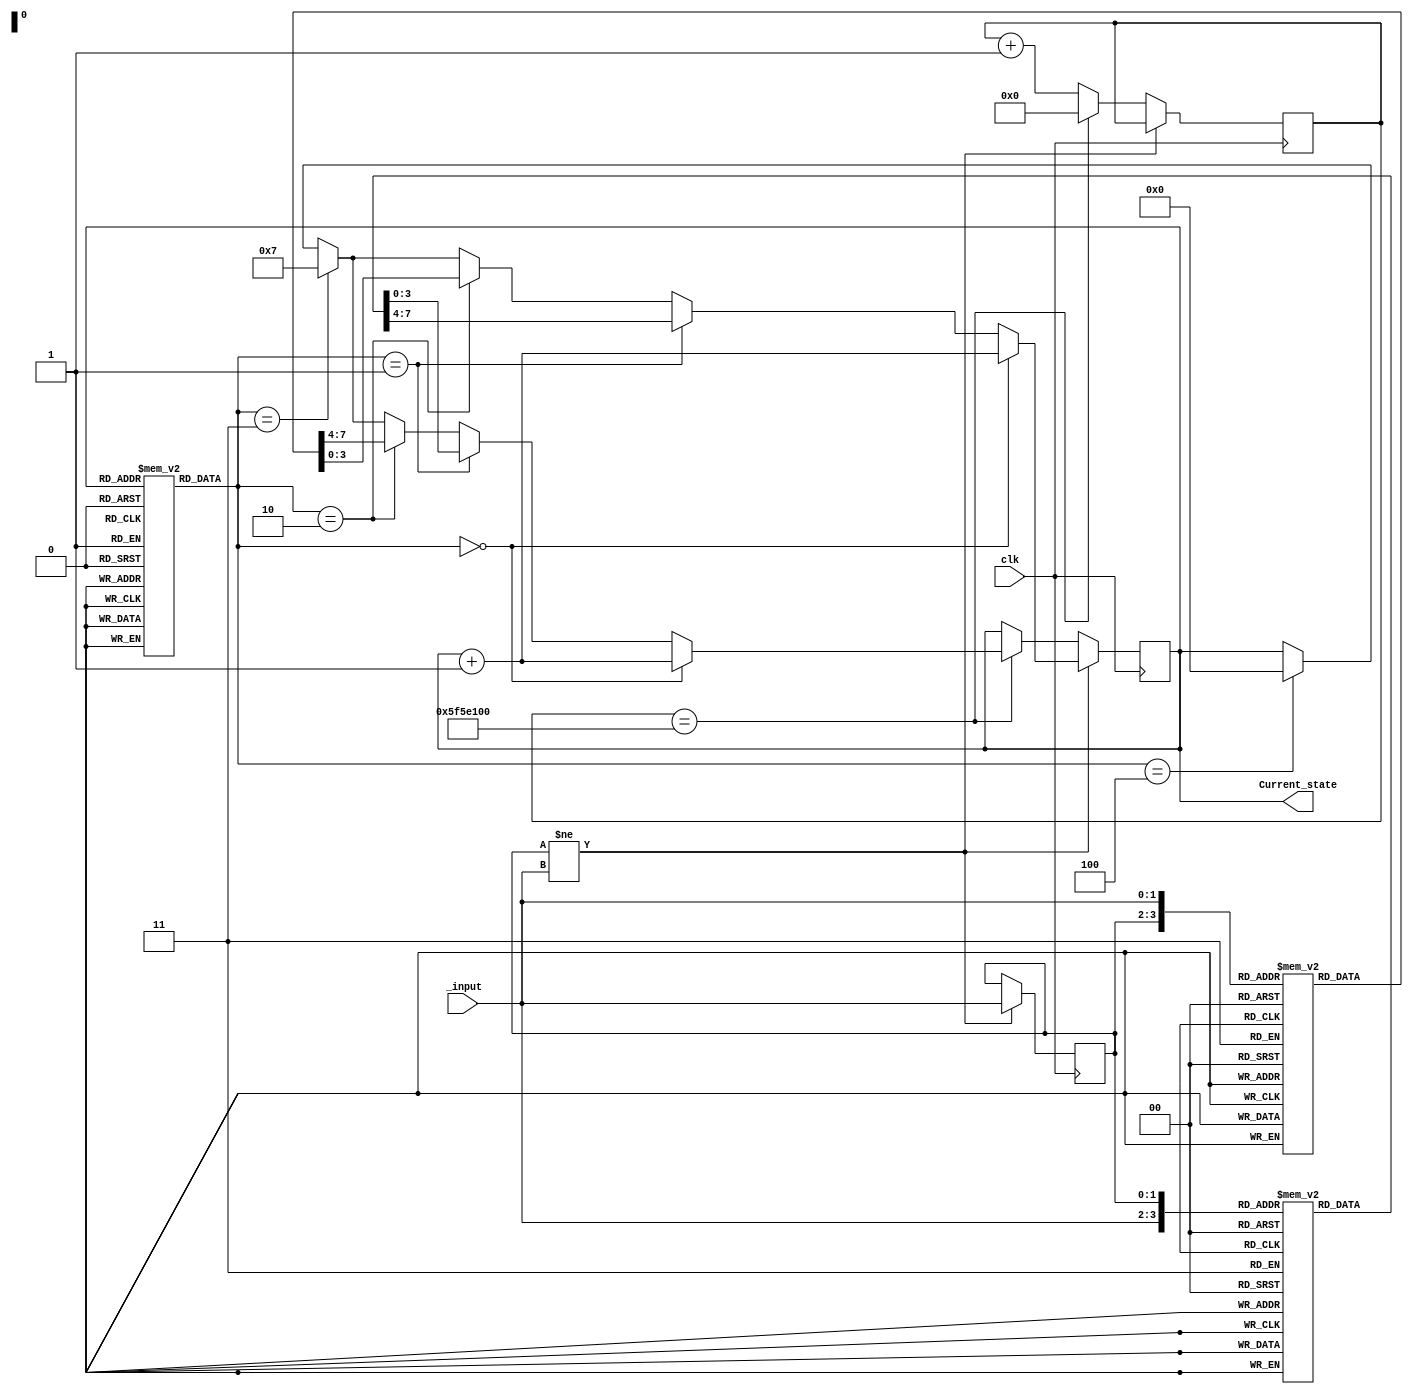
`timescale 1ns / 1ps
//////////////////////////////////////////////////////////////////////////////////
// Company: 
// Engineer: 
// 
// Design Name: 
// Module Name:    Finite_state_machine 
// Project Name: 
// Target Devices: 
// Tool versions: 
// Description: 
//
// Dependencies: 
//
// Revision: 
// Revision 0.01 - File Created
// Additional Comments: 
//
//////////////////////////////////////////////////////////////////////////////////
module Finite_state_machine(
    _input , clk, Current_state
    );
 input clk;
 input[1:0] _input;

 output reg [3:0] Current_state=4'b0;
 reg[2:0] microcode[0:12];
 reg[3:0] dispatch_rom1[0:3];
 reg[3:0] dispatch_rom2[0:3];
 reg[30:0] count = 30'b0;
 reg[1:0] prev_input;
 
 wire [2:0] control_signal;

 initial begin
 microcode[0] = 3'b0;
 microcode[1] = 3'b0;
 microcode[2] = 3'b0;
 microcode[3] = 3'b001;
 microcode[4] = 3'b011;
 microcode[5] = 3'b011;
 microcode[6] = 3'b0;
 microcode[7] = 3'b0;
 microcode[8] = 3'b0;
 microcode[9] = 3'b0;
 microcode[10] = 3'b010;
 microcode[11] = 3'b100;
 microcode[12] = 3'b100;
 dispatch_rom1[0] = 4'b0100;
 dispatch_rom1[1] = 4'b0101;
 dispatch_rom1[2] = 4'b0110;
 dispatch_rom1[3] = 4'b0110;
 dispatch_rom2[0] = 4'b1011;
 dispatch_rom2[1] = 4'b1100;
 dispatch_rom2[2] = 4'b1100;
 dispatch_rom2[3] = 4'b1100;
 prev_input = 4'b0000;
 end
 
 assign control_signal= microcode[Current_state];
 
 always@(posedge clk) begin
 
 if(prev_input != _input) begin
 
 if(control_signal==0) begin
 Current_state <=   Current_state+1;
 end

 else if(control_signal==1) begin
 Current_state <=dispatch_rom1[_input];
 end
 
 else if(control_signal==2) begin
 Current_state <= dispatch_rom2[_input];
 end
 
 else if(control_signal==3) begin
           Current_state <=  4'b0111;
 end
 
 else if( control_signal==4) begin
 Current_state <=4'b0;
 end
 
 prev_input <= _input;
end
 
 else begin
if(count == 100000000) begin

 if(control_signal==0) begin
 Current_state <=  Current_state+1;
 end

 else if(control_signal==1) begin
 Current_state <=dispatch_rom1[prev_input];
 end
 
 else if(control_signal==2) begin
 Current_state <= dispatch_rom2[prev_input];
 end
 
 else if(control_signal==3) begin
           Current_state <=  4'b0111;
 end
 
 else if( control_signal==4) begin
 Current_state <=4'b0;
 end
 
 count <= 0;
end
 
 else
 begin
 count <= count+1;
 end
 
 end
 end
 
endmodule